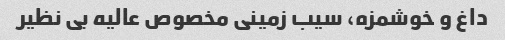
داغ و خوشمزه، سیب زمینی مخصوص عالیه بی نظیر